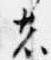
者